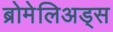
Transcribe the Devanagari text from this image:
ब्रोमेलिअड्स